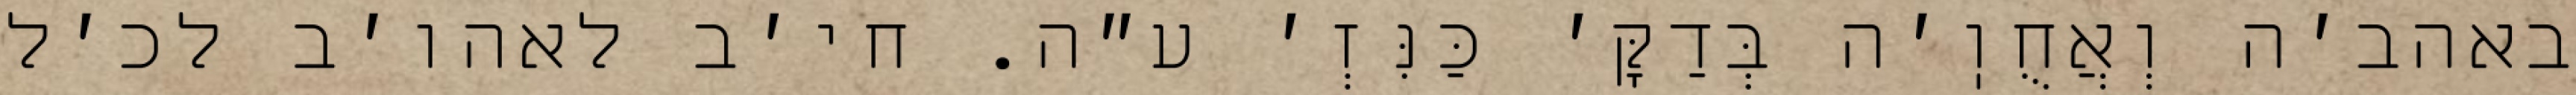
באהב׳ה וְאֲחֻוֽ׳ה בְּדַקָּ׳ כַּנִּזְ׳ ע״ה. חי׳ב לאהו׳ב לכ׳ל